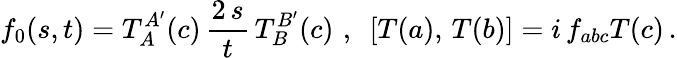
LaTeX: f_{0}(s,t)=T_{A}^{A^{\prime}}(c)\, \frac{2\, s}{t}\, T_{B}^{B^{\prime}}(c)\, \, ,\, \, \, [T(a),\, T(b)]=i\, f_{abc}T(c)\, .